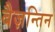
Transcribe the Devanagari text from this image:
बैज़न्तिन